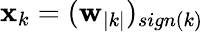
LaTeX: \mathbf{x}_{k}=(\mathbf{w}_{|k|})_{sign(k)}